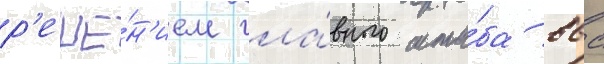
р'еше́н'ием гла́вного шта́ба ввс